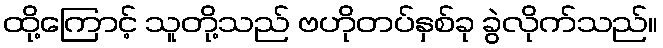
ထို့ကြောင့် သူတို့သည် ဗဟိုတပ်နှစ်ခု ခွဲလိုက်သည်။